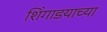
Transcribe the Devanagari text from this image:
शिंगाडयाच्या